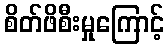
စိတ်ဖိစီးမှုကြောင့်